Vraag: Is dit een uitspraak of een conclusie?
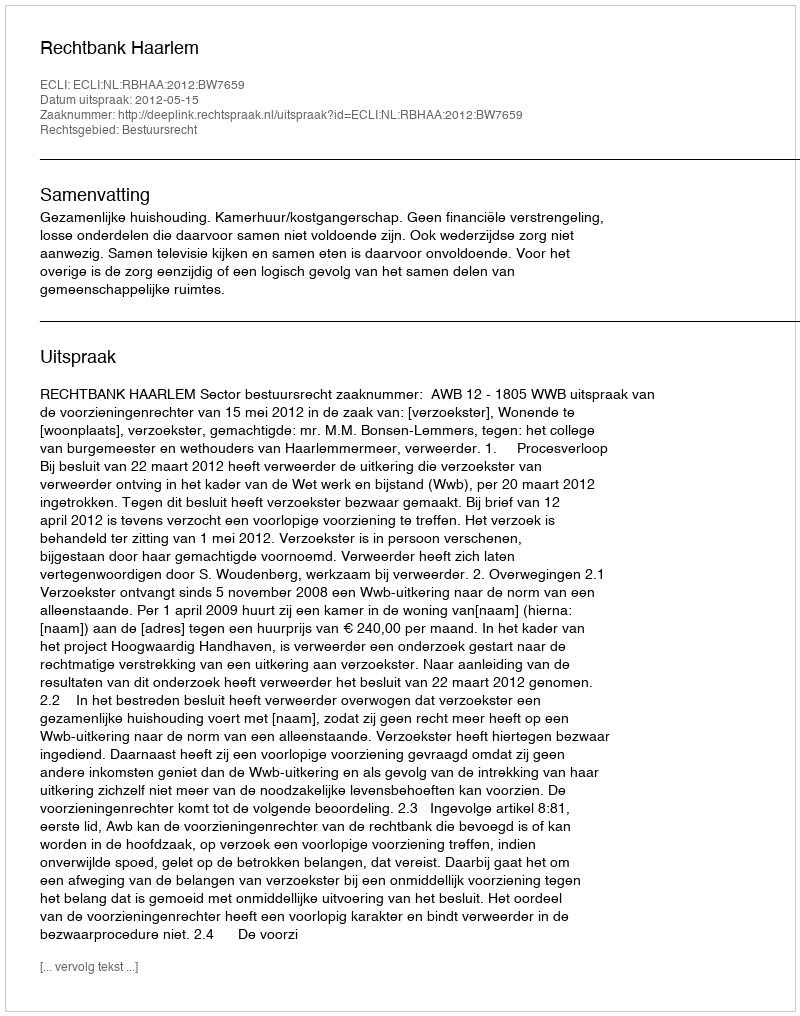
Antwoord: Uitspraak